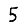
Digit: 5